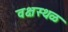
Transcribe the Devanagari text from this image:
वक्षस्थळ